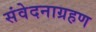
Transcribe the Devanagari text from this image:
संवेदनाग्रहण